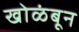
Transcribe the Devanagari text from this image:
खोळंबून